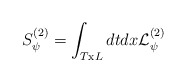
\begin{align*}S_{\psi }^{(2)}=\int _{T\textrm{x}L}dtdx{{\mathcal{L}}}^{(2)}_{\psi }\end{align*}